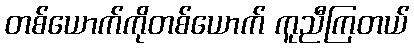
တစ်ယောက်ကိုတစ်ယောက် ကူညီကြတယ်